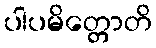
ပါပမိတ္တောတိ